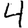
Digit: 4